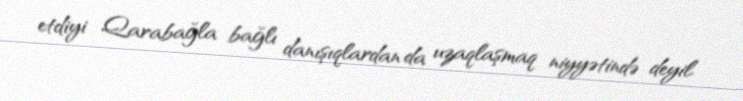
etdiyi Qarabağla bağlı danışıqlardan da uzaqlaşmaq niyyətində deyil.